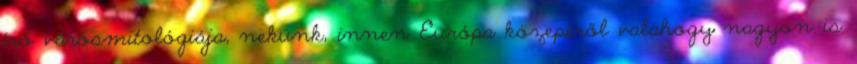
író városmitológiája, nekünk, innen Európa közepéről valahogy nagyon is